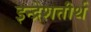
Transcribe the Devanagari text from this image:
इन्द्रेशतीर्थ